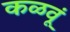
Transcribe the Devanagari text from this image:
कळवूं